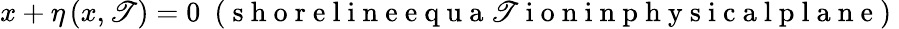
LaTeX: x+\eta\left(x,\mathscr{T}\right)=0\mathrm{{~\ (~s~h~o~r~e~l~i~n~e~e~q~u~a~\mathscr{T}~i~o~n~i~n~p~h~y~s~i~c~a~l~p~l~a~n~e~)~}}